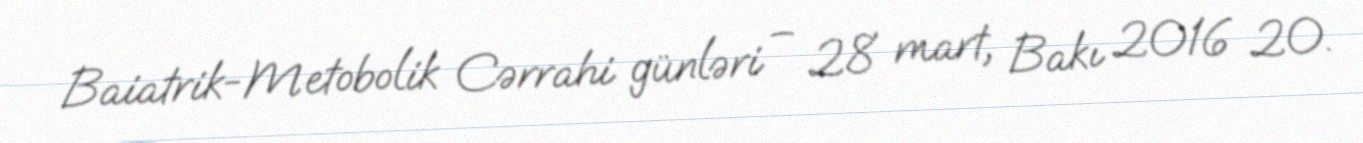
Baiatrik-Metobolik Cərrahi günləri – 28 mart, Bakı 2016 20.